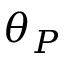
\theta _ { P }